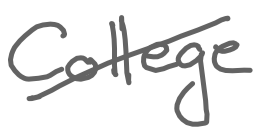
Text: College
Cross-out: diagonal
Writing tool: digital_gray